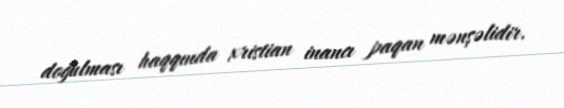
doğulması haqqında xristian inancı paqan mənşəlidir.